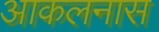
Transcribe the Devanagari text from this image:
आकलनास